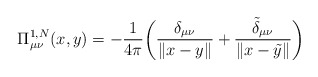
\begin{align*}\Pi^{1,N}_{\mu\nu}(x,y) = -\frac{1}{4\pi}\biggl(\frac{\delta_{\mu\nu}}{\|x-y\|} + \frac{\tilde \delta_{\mu\nu}}{\|x-\tilde y\|}\biggr)\end{align*}